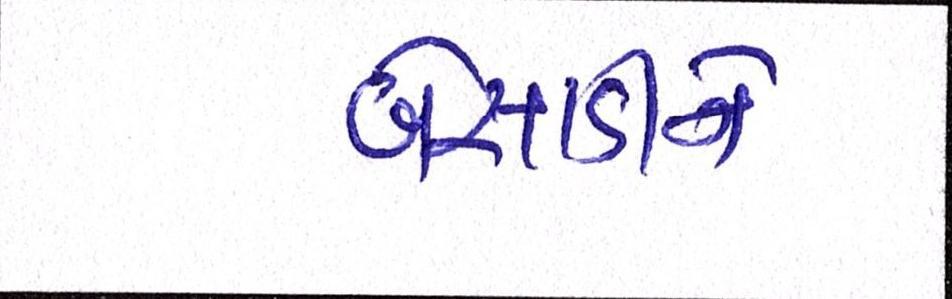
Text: બેસાડીને